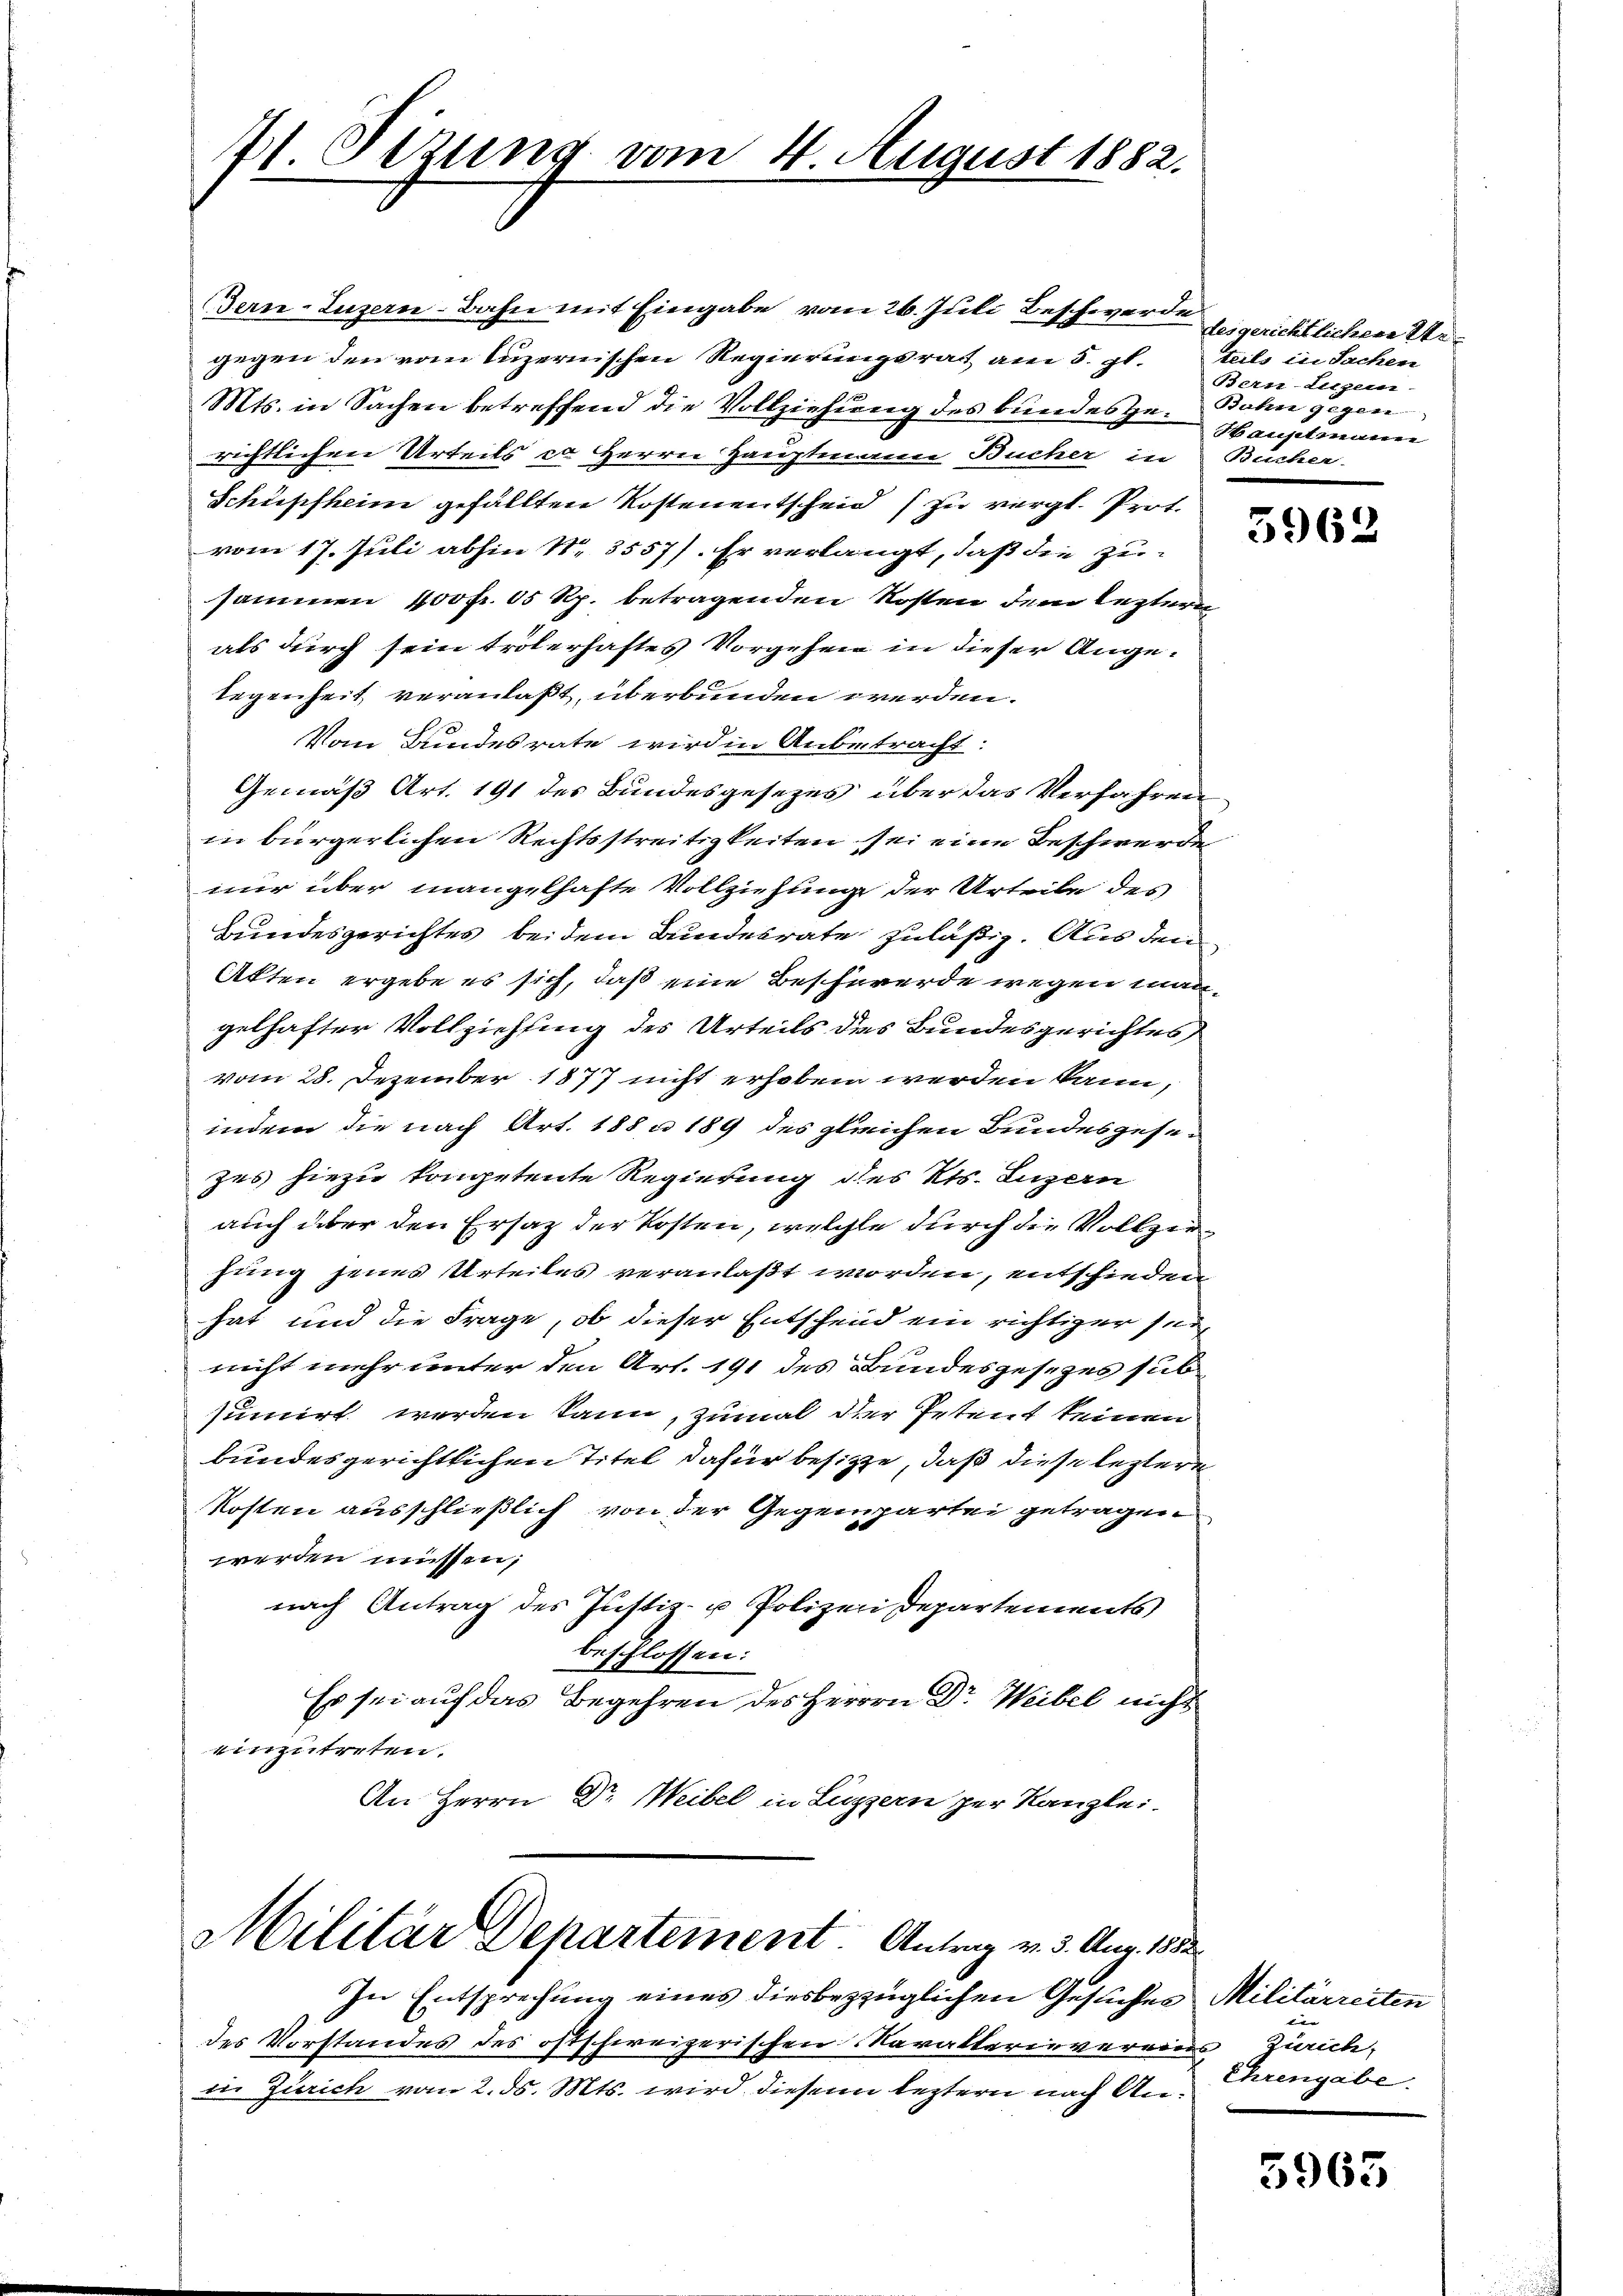
71 Sezung vom 4. August 1882.

gegen den vom luzernischen Regierungsrat am 5. gl. teils in Sachen
Mts. in Sachen betreffend die Vollziehung des bundesge-Bahn gegen
richtlichen Urteils ca Herrn Hauptmann Bücher in Bücher.
Schüpfheim gefällten Kostenentscheid zu vergl. Prot.
vom 17. Juli abhin Nr. 3557). Er verlangt, daß die zusammen 100 fr. 05 Rp. betragenden Kosten dem leztere
als durch sein troterhaftes Vorgehen in dieser Angelegenheit veranlaßt, überbunden werden.
e
Vom Bundesrate wird in Anbetracht:
Gemäß Art. 191 des Bundesgesezes über das Verfahren
in bürgerlichen Rechtsstreitigkeiten sei eine Beschwerde
nur über mangelhafte Vollziehung der Urteile des
Bundesgerichtes bei dem Bundesrate zuläßig. Aus den
Akten ergebe es sich, daß eine Beschwerde wegen mangelhafter Vollziehung des Urteils des Bundesgerichtes
vom 28. Dezember 1877 nicht erhoben werden kann,
indem die nach Art. 188 n 189 des gleichen Bundesgesezes hiezu kompetente Regierung des Kts. Luzern
auch über den Ersatz der Kosten, welche durch die Vollziehung jenes Urteiles veranlaßt worden, entschieden
hat und die Frage, ob dieser Entschend ein richtiger seinicht mehr unter den Art. 191 des Bundesgesezes sub
sumirt werden kann, zumal der Petent keinen
bundesgerichtlichen Titel dafür besitze, daß diese leztere
kosten ausschließlich von der Gegenpartei getragen
werden müssen;
nach Antrag des Justiz- u Polizeii Departements
beschlossen:
Es sei auf das Begehren des Herrn Dr. Weibel nicht
einzutreten.
An Herrn Dr. Weibel in Luzern zur Kanzlei-
Militär Departement. Antrag v. 3. Aug. 1852.

In Entsprechung eines diesbezzüglichen Gesuches Militärreiten
des Vorstandes des oftschweizerischen Novalterievereins Zürich,
die Zürich vom 2. ds. Mts. wird diesem leztern nach An¬

Bern, Luzern-Bahn mit Eingabe vom 26. Juli Beschwerde

desgerichtlichen Ver
Bern-Liegen-
Hauptmann

5962

Ehrengabe.

5963